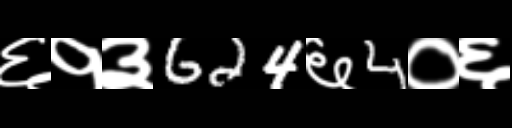
Text: ६१३624६4०६